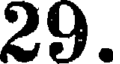
29.